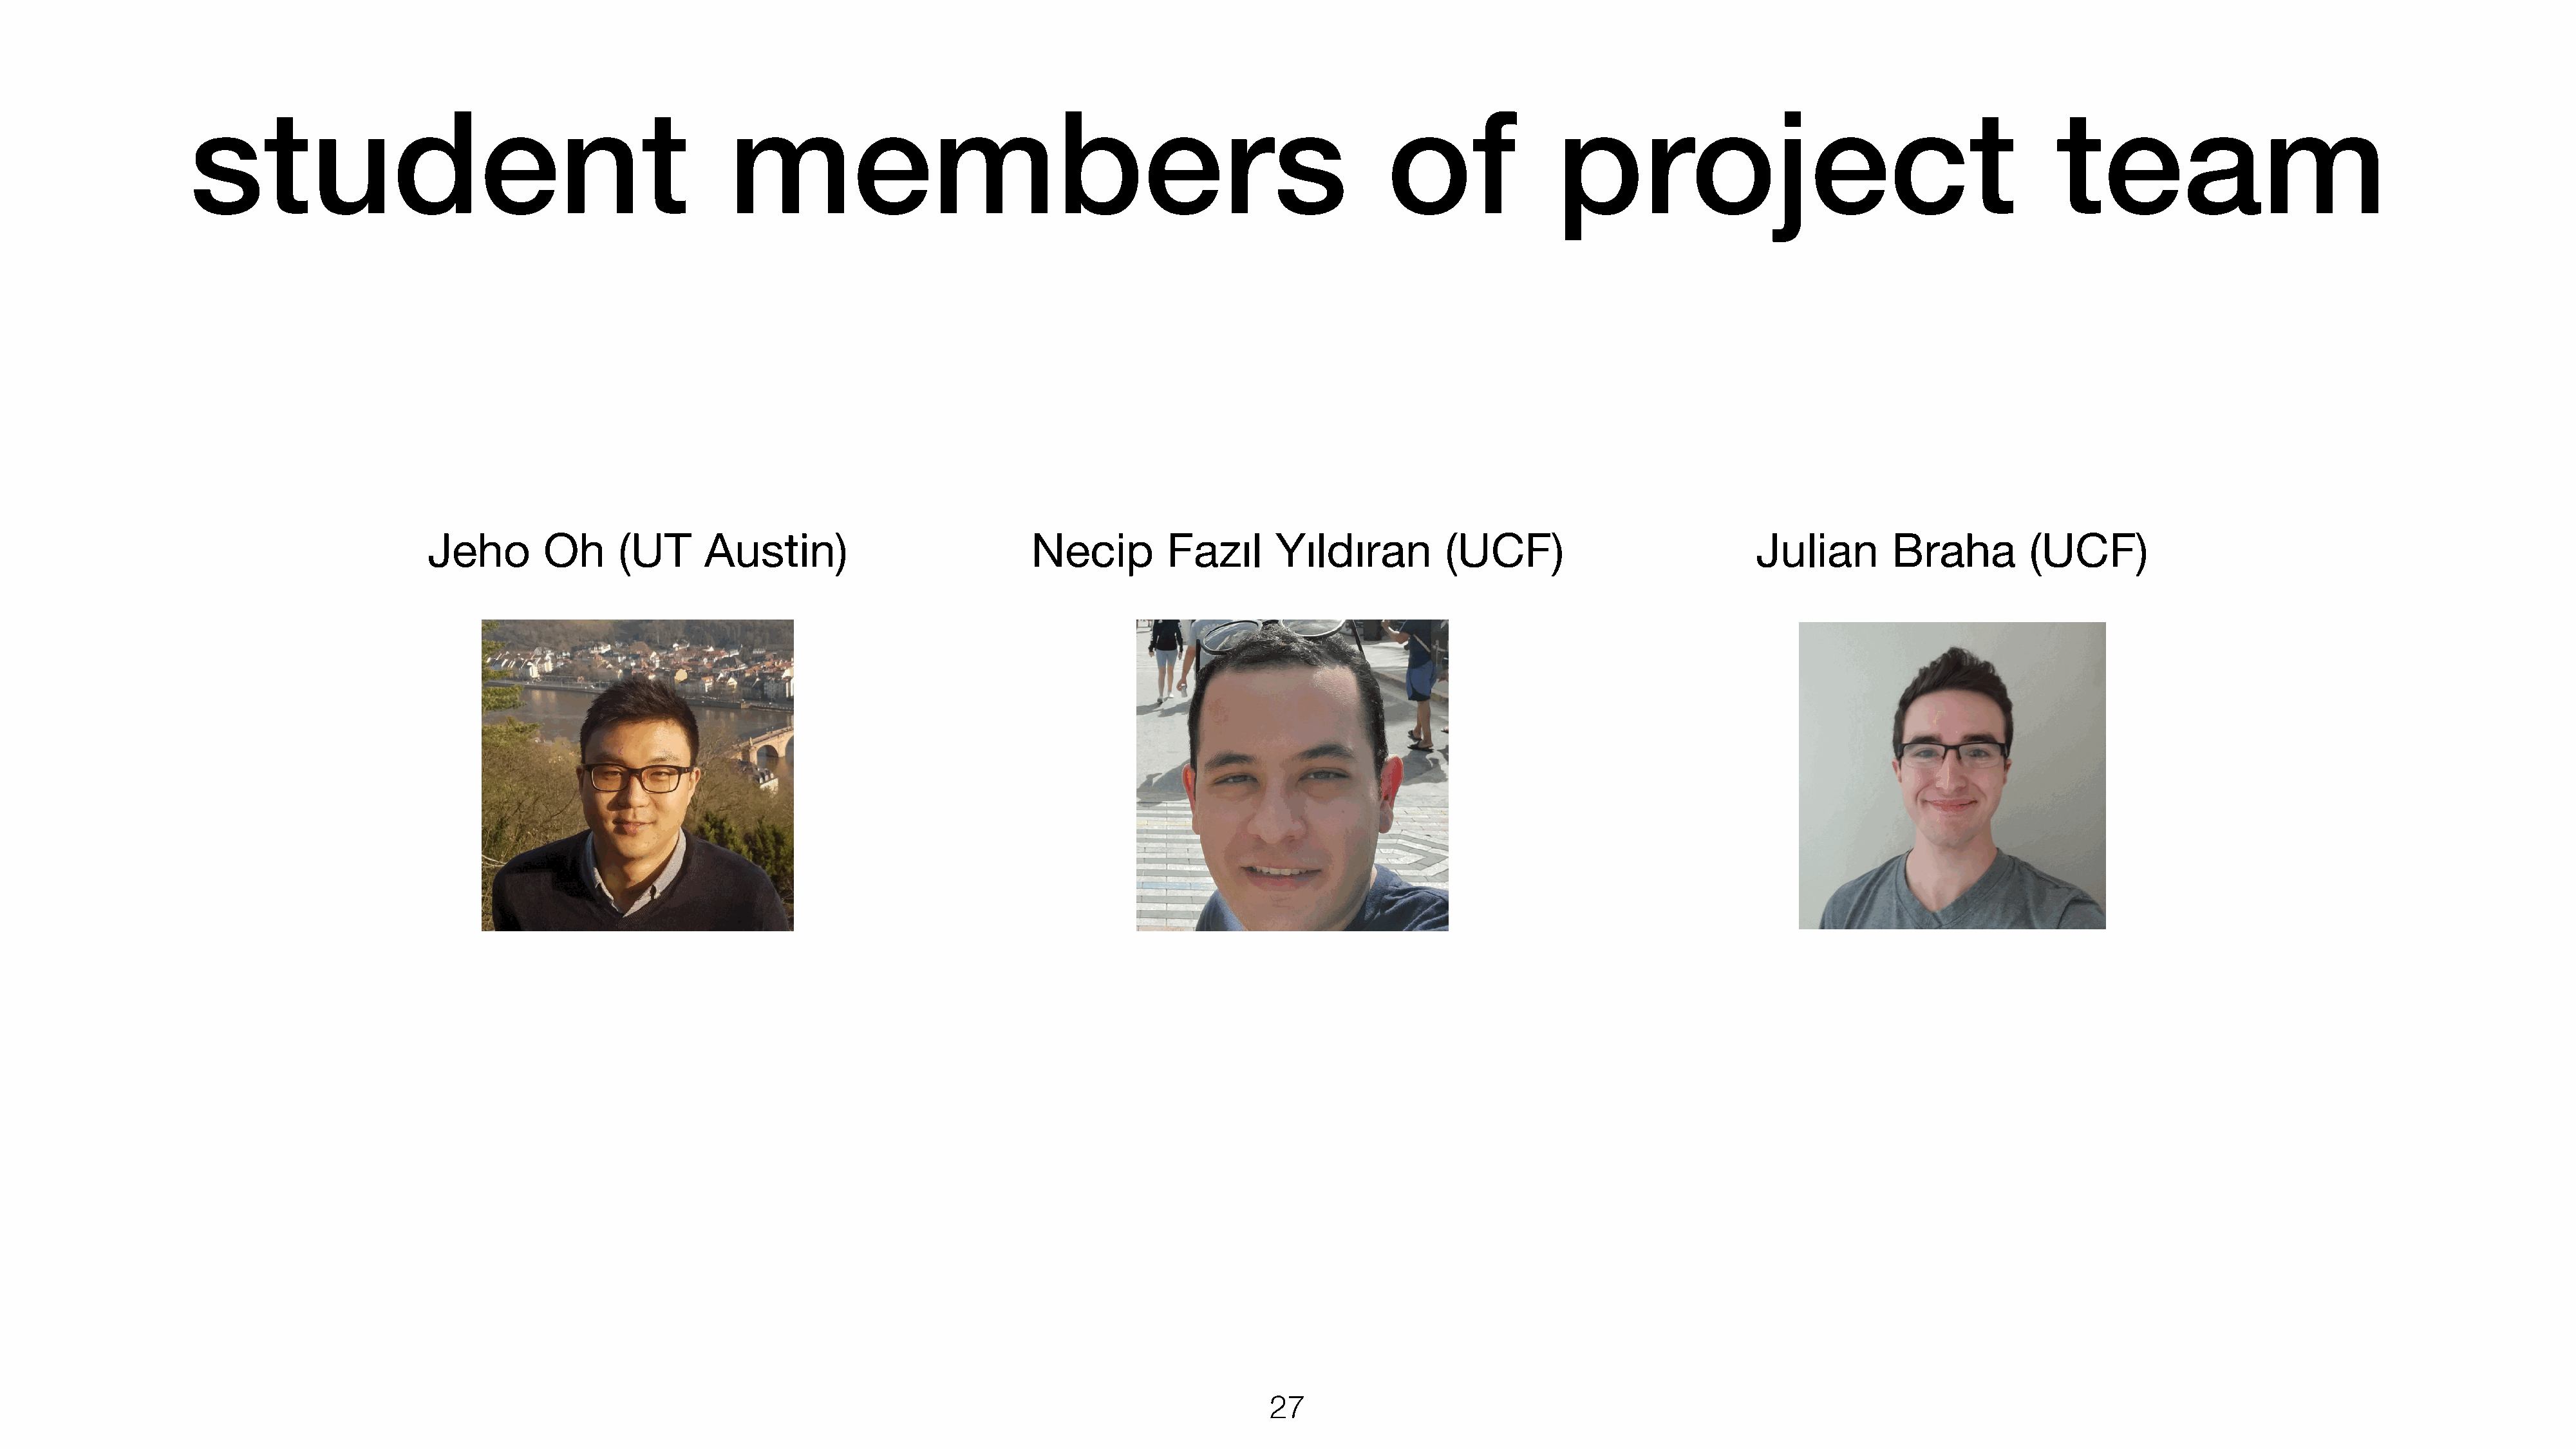
student                                                 members                                                             of               project                                            team
 Jeho        Oh      (UT     Austin)                           Necip         Fazıl      Yıldıran          (UCF)                           Julian       Braha          (UCF)
 27